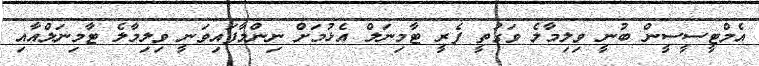
އެމްޓީސީސީން ބުނީ ވިލިމާލެ ވަގުތީ ފެރީ ޓާމިނަލް އެޅުމަށް ނިންމާފައިވަނީ ވިލިމާލެ ޓާމިނަލްއާއި